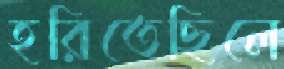
হরিতেছিলে